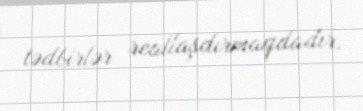
tədbirlər reallaşdırmaqdadır.